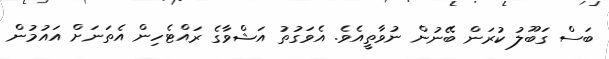
ބަސް ގަބޫލު ކުރަން ބޭނުން ނުވާތީއެވެ. އެވަގުތު އަޝްވާގެ ރައްޓެހިން އެތަނަށް އައުމުން